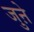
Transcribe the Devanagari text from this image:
जुऩे